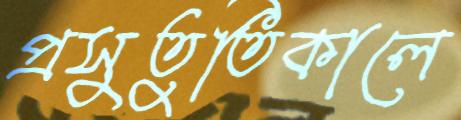
প্রসুতুতিকালে